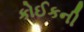
કોઈકની